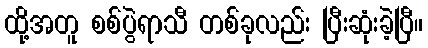
ထို့အတူ စစ်ပွဲရာသီ တစ်ခုလည်း ပြီးဆုံးခဲ့ပြီ။